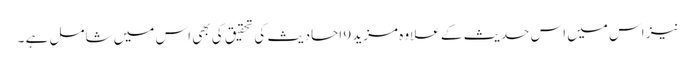
نیز اس میں اس حدیث کے علاوہ مزید 9 احادیث کی تحقیق کی بھی اس میں شامل ہے ۔